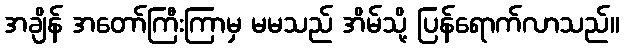
အချိန် အတော်ကြီးကြာမှ မမသည် အိမ်သို့ ပြန်ရောက်လာသည်။